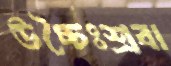
উচ্চৈঃশ্রবা